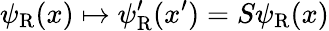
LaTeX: \psi_{\mathrm{{R}}}(x)\mapsto\psi_{\mathrm{{R}}}^{\prime}(x^{\prime})=S\psi_{\mathrm{{R}}}(x)